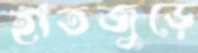
হাতজুড়ে